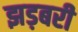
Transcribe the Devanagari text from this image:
झड़बरी